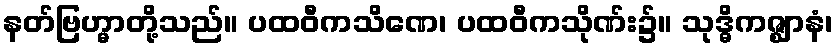
နတ်ဗြဟ္မာတို့သည်။ ပထဝီကသိဏေ၊ ပထဝီကသိုဏ်း၌။ သုဒ္ဓိကဇ္ဈာနံ၊